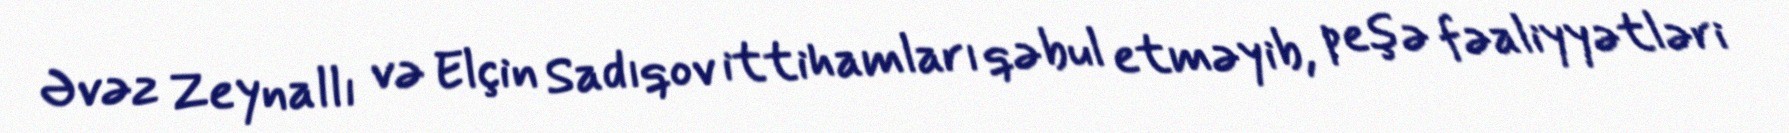
Əvəz Zeynallı və Elçin Sadıqov ittihamları qəbul etməyib, peşə fəaliyyətləri